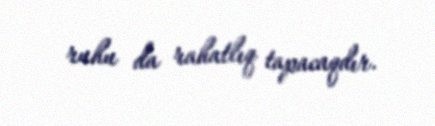
ruhu da rahatlıq tapacaqdır.